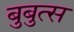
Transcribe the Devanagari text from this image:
बुबुत्स